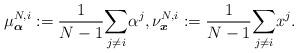
LaTeX: \begin{align*} \mu^{N,i}_{\boldsymbol{\alpha}}:=\frac{1}{N-1}\underset{j\neq i}{\sum} \alpha^j, \nu^{N,i}_{\boldsymbol{x}}:=\frac{1}{N-1}\underset{j\neq i}{\sum} x^j.\end{align*}